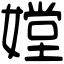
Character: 𡠠